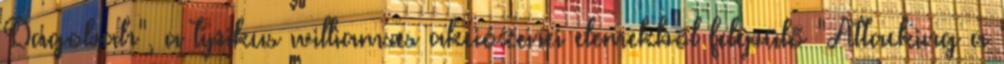
Dagobah", a tipikus williamses akciózenei elemekből felépülő "Attacking a